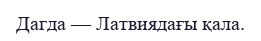
Дагда — Латвиядағы қала.